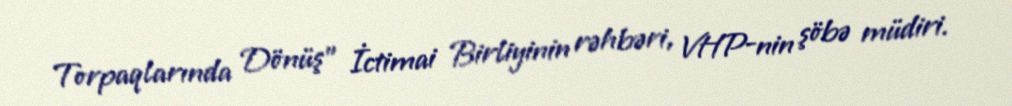
Torpaqlarında Dönüş” İctimai Birliyinin rəhbəri, VHP-nin şöbə müdiri.